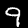
Label: 9